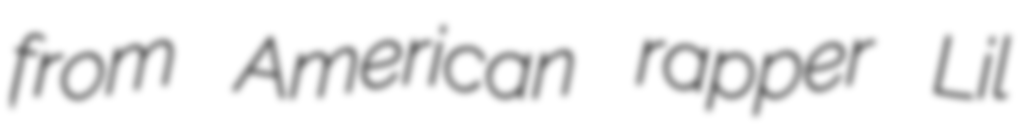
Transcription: from American rapper Lil